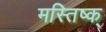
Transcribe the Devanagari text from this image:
मस्तिष्क्